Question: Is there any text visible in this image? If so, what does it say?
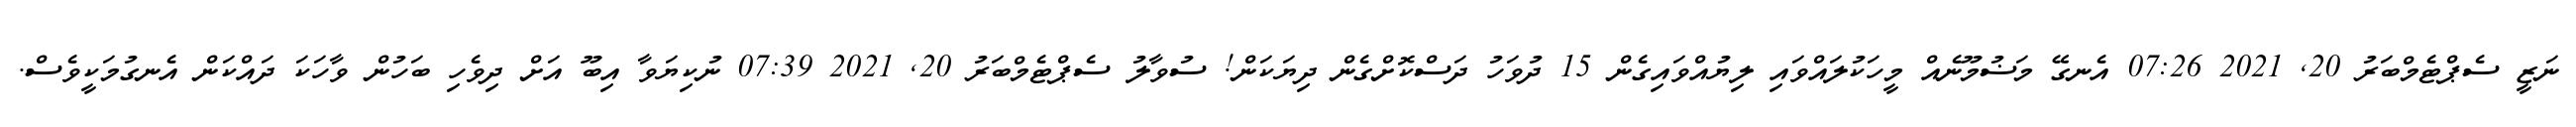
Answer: ނަޒީ ސެޕްޓެމްބަރު 20, 2021 07:26 އެނގޭ މަޟުމޫނެއް މީހަކުލައްވައި ލިޔުއްވައިގެން 15 ދުވަހު ދަސްކޮށްގެން ދިޔަކަން! ސުވާލު ސެޕްޓެމްބަރު 20, 2021 07:39 ނުކިޔަވާ އިބޫ އަށް ދިވެހި ބަހުން ވާހަކަ ދައްކަން އެނގުމަކީވެސް.